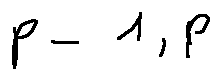
p - 1 , p